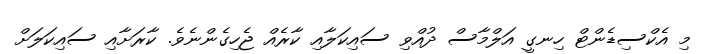
މި އެކްސިޑެންޓް ހިނގީ އަލްމާސް ދުއްވި ސައިކަލާއި ކާރެއް ޖެހިގެންނެވެ. ކާރަށާއި ސައިކަލަށް